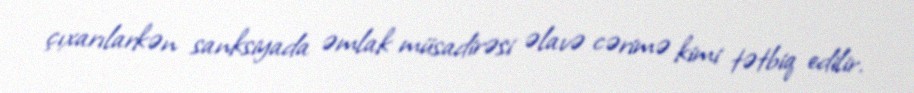
çıxarılarkən sanksiyada əmlak müsadirəsi əlavə cərimə kimi tətbiq edilir.